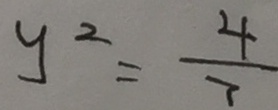
y ^ { 2 } = \frac { 4 } { 7 }